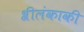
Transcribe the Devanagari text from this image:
श्रीलंकाकी